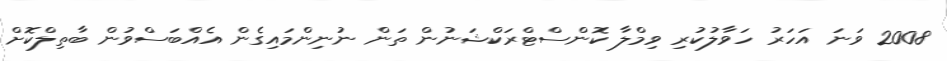
2008 ވަނަ އަހަރު ހަވާލުކުރި ވިމްލާ ކޮންސްޓްރަކްޝަނުން ތަން ނުނިންމައިގެން އެއްބަސްވުން ބާތިލްކޮށް